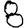
Digit: 8